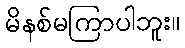
မိနစ်မကြာပါဘူး။